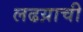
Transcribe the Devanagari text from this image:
लढय़ाची